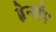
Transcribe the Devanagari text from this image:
ह्वेन्साँग